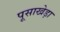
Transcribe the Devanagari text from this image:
पूसाखेड़ा